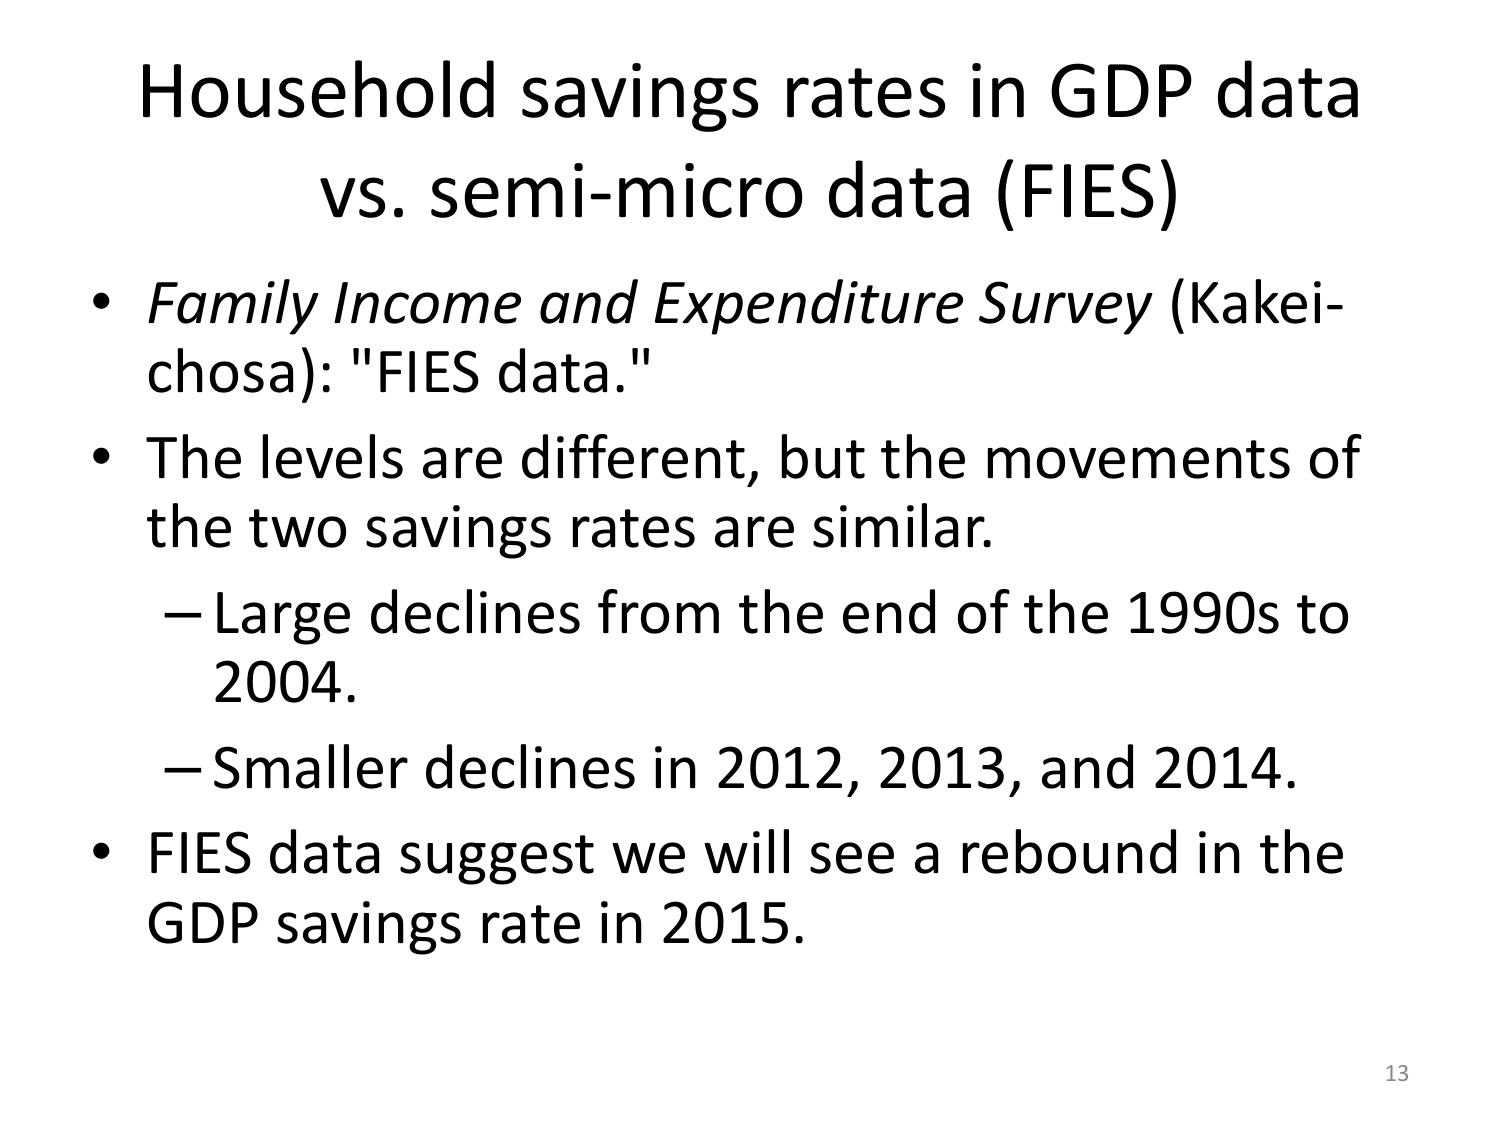
Household savings rates in GDP data
vs. semi-micro data (FIES)
• Family Income and Expenditure Survey (Kakei-
chosa): "FIES data."
• The levels are different, but the movements of
the two savings rates are similar.
– Large declines from the end of the 1990s to
2004.
– Smaller declines in 2012, 2013, and 2014.
• FIES data suggest we will see a rebound in the
GDP savings rate in 2015.
13